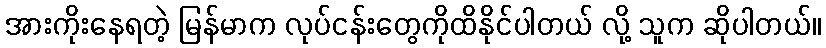
အားကိုးနေရတဲ့ မြန်မာက လုပ်ငန်းတွေကိုထိနိုင်ပါတယ် လို့ သူက ဆိုပါတယ်။